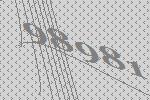
98981